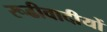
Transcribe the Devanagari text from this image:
रूढीवादीयों